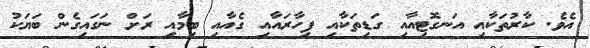
އެވެ. ކާރުތަކާއި އަނގޮޓިއާއި ގަޑިތަކާއި ފިހާރައާއި ގެއާއި ބިމާއި ރަށް ނަގައިގެން ބަޔަކު